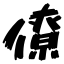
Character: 僚